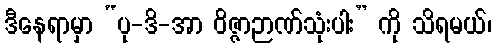
ဒီနေရာမှာ “ပု-ဒိ-အာ ဝိဇ္ဇာဉာဏ်သုံးပါး” ကို သိရမယ်၊